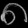
Digit: ၈